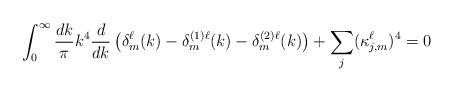
LaTeX: \begin{align*}\int_0^\infty \frac{dk}{\pi} k^4\frac{d}{dk}\left(\delta_m^\ell(k) - \delta_m^{(1)\ell}(k) -\delta_m^{(2)\ell}(k) \right) + \sum_j (\kappa^\ell_{j,m})^4 = 0\end{align*}